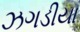
ઝગડીયા